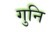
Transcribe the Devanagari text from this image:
गुनि